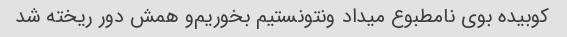
کوبیده بوی نامطبوع میداد و‌نتونستیم بخوریم‌و همش دور ریخته شد